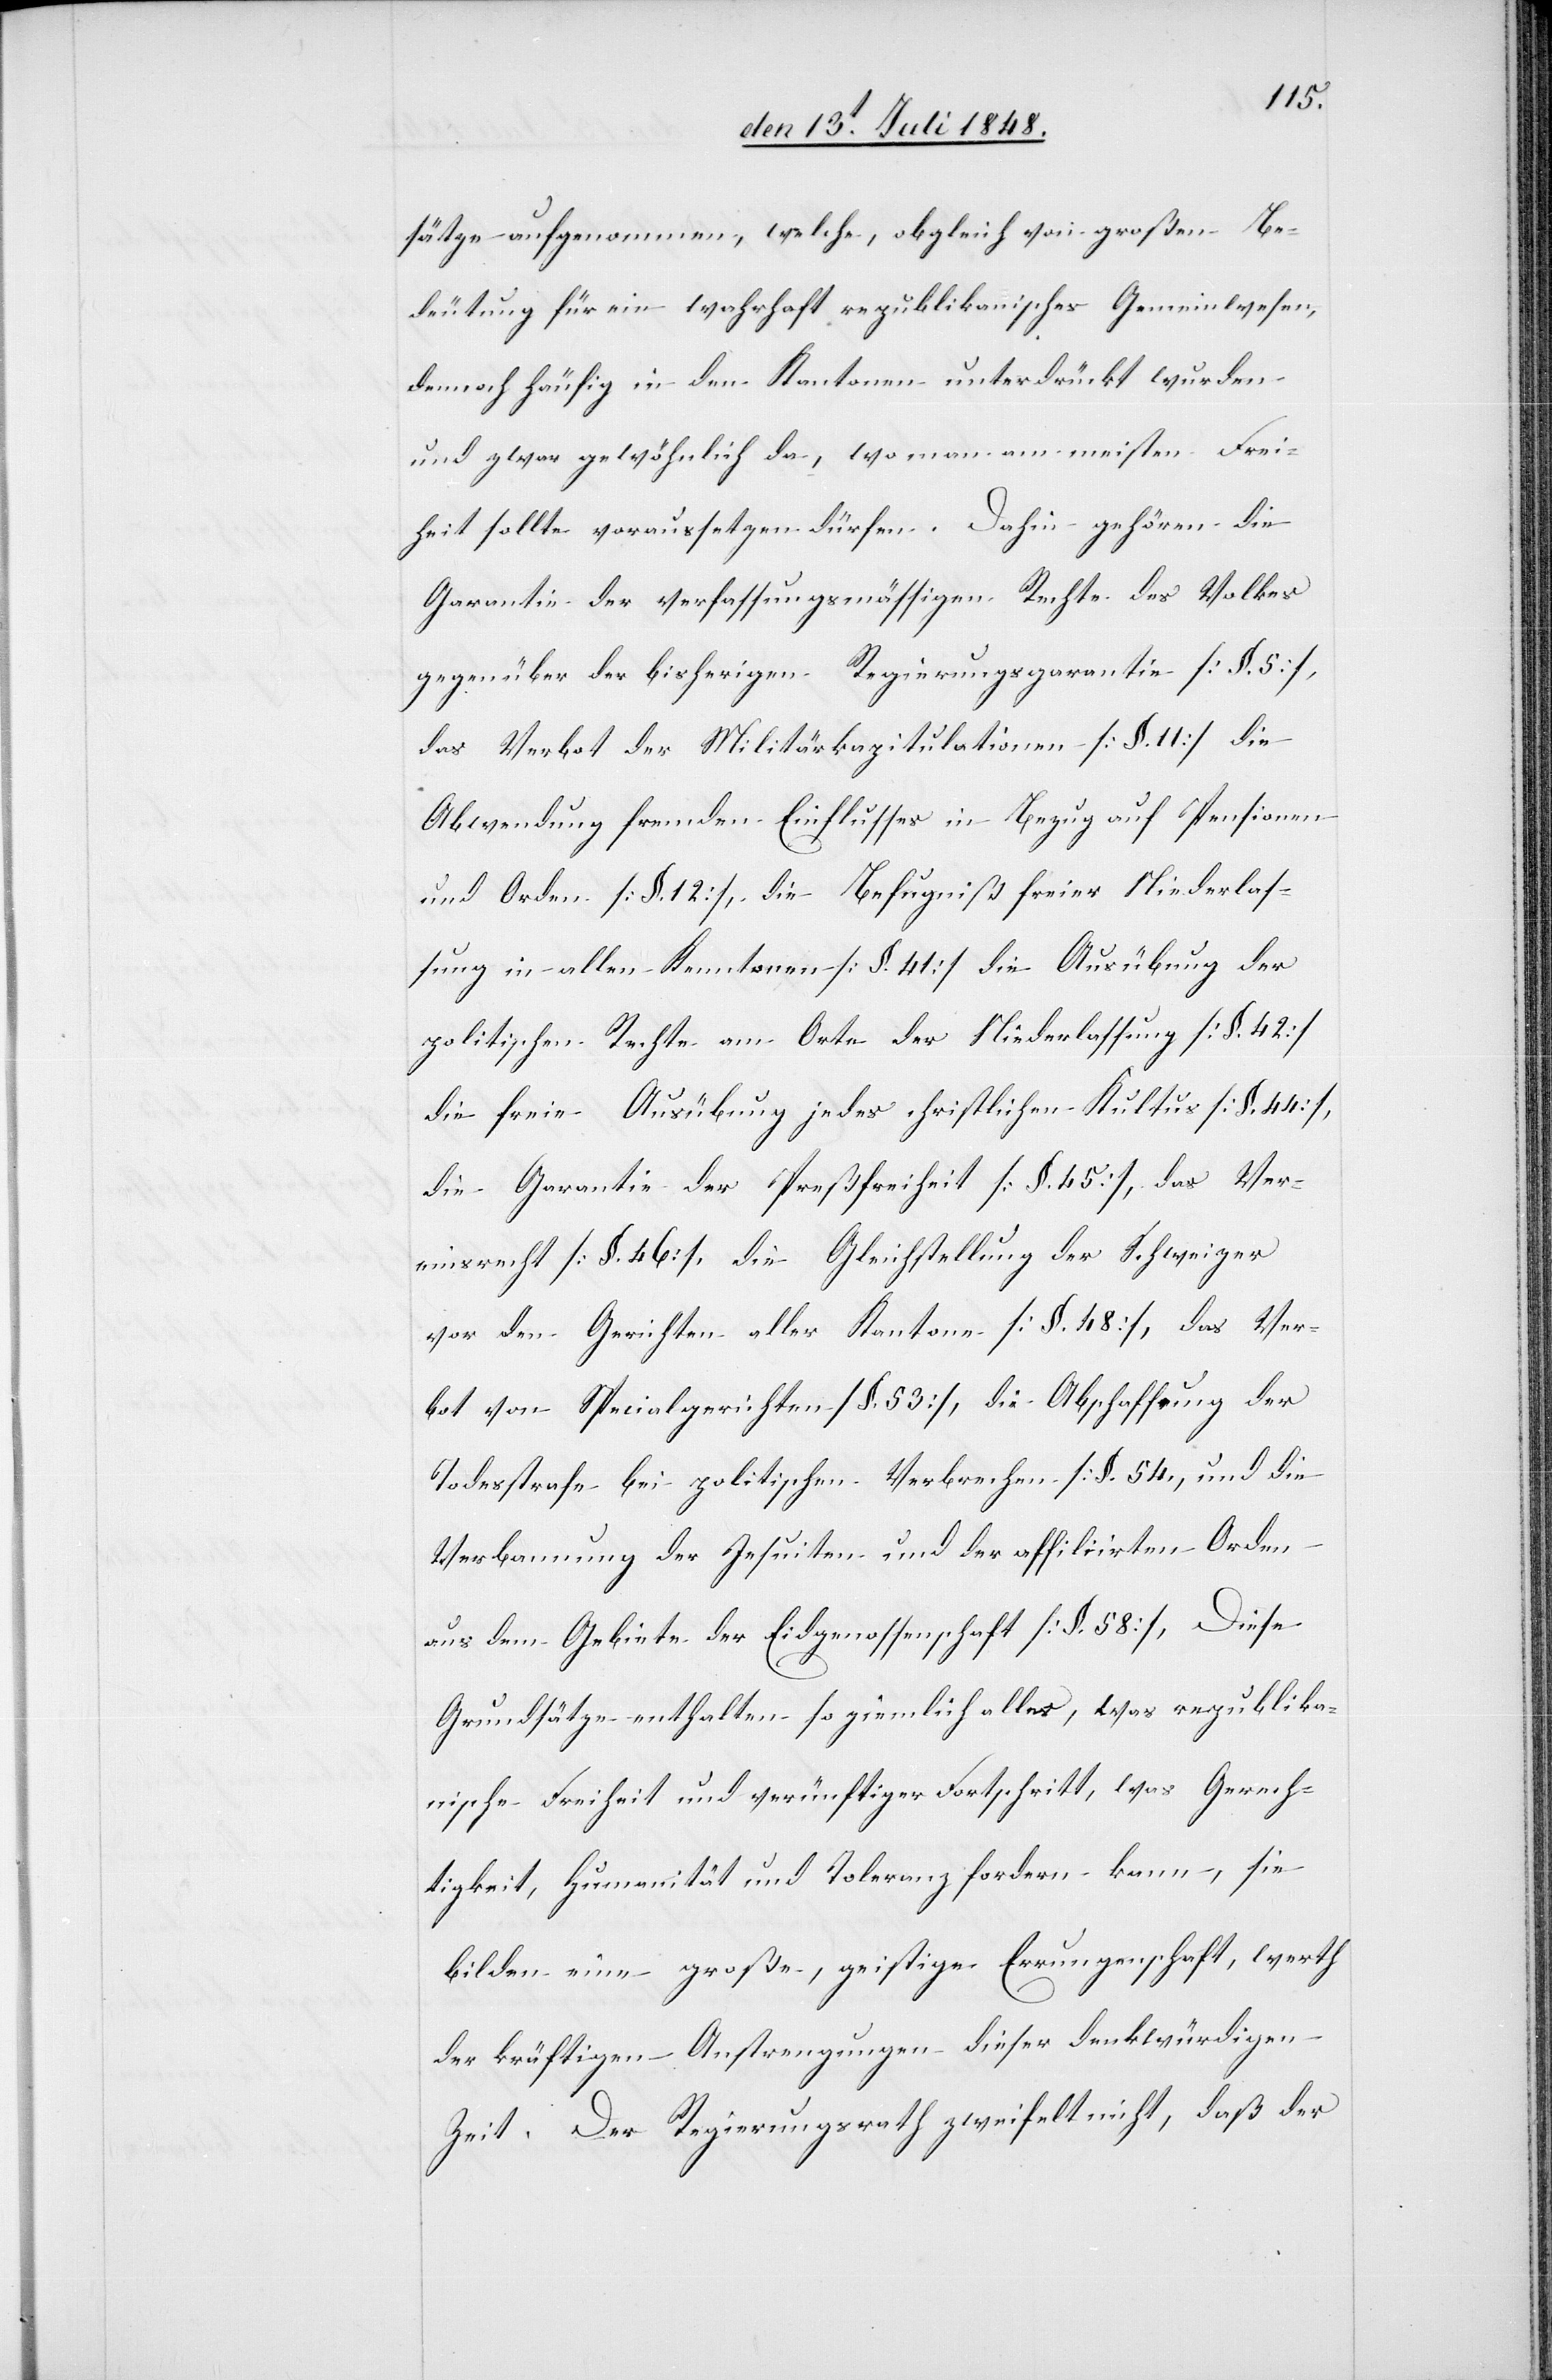
sätze aufgenommen, welche, obgleich von großen Be¬
deutung für ein wahrhaft republikanisches Gemeindwesen,
dennoch häufig in den Kantonen unterdrückt wurden
und zwar gewöhnlich da, wo man am meisten Frei¬
heit sollte voraussetzen dürfen. Dahin gehören die
Garantie der verfassungsmässigen Rechte des Volkes
gegenüber der bisherigen Regierungsgarantie [§. 5],
das Verbot der Militärkapitulation [§. 11] die
politischen Rechte am Orte der Niederlassung [§. 42]
die freie Ausübung jedes christlichen Kultus [§. 44],
die Garantie der Preßfreiheit [§. 45], das Ver¬
einsrecht [§. 46], die Gleichstellung der Schweizer
vor den Gerichten aller Kantone [§. 48], das Ver¬
bot von Specialgerichten [§. 53], die Abschaffung der
Todesstrafe bei politischen Verbrechen [§. 54[]], und die
Verbannung der Jesuiten und der affiliirten Orden
aus dem Gebiete der Eidgenossenschaft [§. 58]. Diese
Grundsätze enthalten so ziemlich alles, was republika¬
nische Freiheit und ver[n]ünftiger Fortschritt, was Gerech¬
tigkeit, Humanität und Toleranz fordern kann, sie
bilden eine große, geistige Errungenschaft, werth
der kräftigen Anstrengungen dieser denkwürdigen
Zeit. Der Regierungsrath zweifelt nicht, daß der